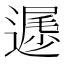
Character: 𲅲